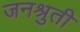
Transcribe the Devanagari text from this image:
जनश्रुती